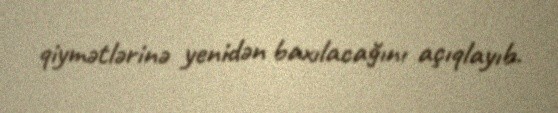
qiymətlərinə yenidən baxılacağını açıqlayıb.